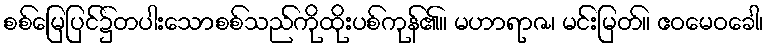
စစ်မြေပြင်၌တပါးသောစစ်သည်ကိုထိုးပစ်ကုန်၏။ မဟာရာဇ၊ မင်းမြတ်။ ဧဝမေဝခေါ၊